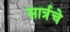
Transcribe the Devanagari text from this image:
सार्त्रचे